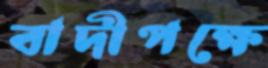
বাদীপক্ষে